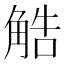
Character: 䚛